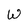
Character: W